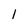
Character: 1